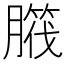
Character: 𦠱